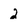
Character: 2